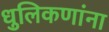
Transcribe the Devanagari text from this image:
धुलिकणांना